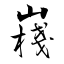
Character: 嶘